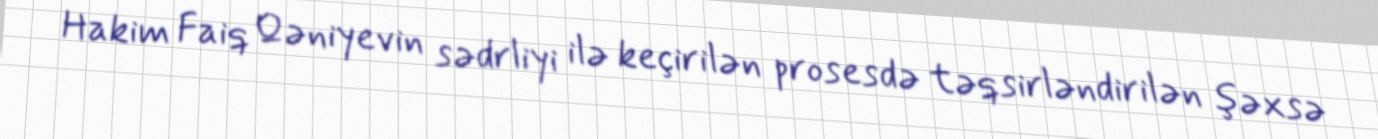
Hakim Faiq Qəniyevin sədrliyi ilə keçirilən prosesdə təqsirləndirilən şəxsə